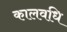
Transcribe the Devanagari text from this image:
कालवधि